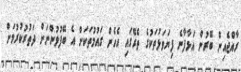
ރާއްޖެއިން ބޭރުން އަޅާފާނެ ފިޔަވަޅުތަކުގެ ތެރޭގައި އެހެން ގައުމުތަކަށް އެ ބޭފުޅުންނަށް ދަތުރުކުރުމަށް